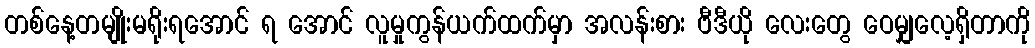
တစ်နေ့တမျိုးမရိုးရအောင် ရ အောင် လူမှုကွန်ယက်ထက်မှာ အလန်းစား ဗီဒီယို လေးတွေ ဝေမျှလေ့ရှိတာကို